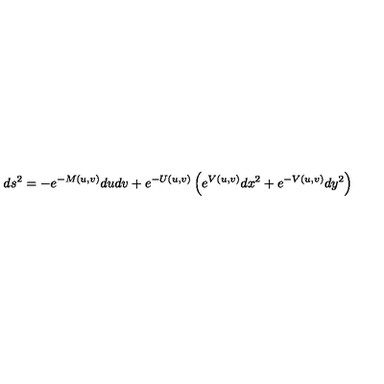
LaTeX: d s ^ { 2 } = - e ^ { - M ( u , v ) } d u d v + e ^ { - U ( u , v ) } \left( e ^ { V ( u , v ) } d x ^ { 2 } + e ^ { - V ( u , v ) } d y ^ { 2 } \right)